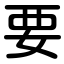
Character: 要